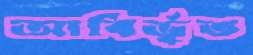
আবির্ভুত